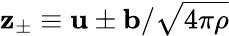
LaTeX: \textbf{z}_{\pm}\equiv\textbf{u}\pm\textbf{b}/\sqrt{4\pi\rho}